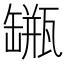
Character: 𦉐